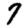
Digit: 7